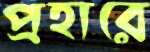
প্রহারে